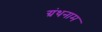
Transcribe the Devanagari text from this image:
ग्रंथनाम